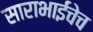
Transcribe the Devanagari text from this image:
साराभाईंचेच